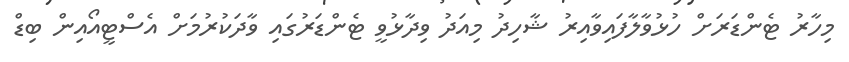
މިހާރު ޓެންޑަރަށް ހުޅުވާލާފައިވާއިރު ޝާހިދު މިއަދު ވިދާޅުވީ ޓެންޑަރުގައި ވާދަކުރުމަށް އެސްޓީއޯއިން ބިޑް